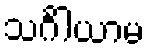
သင်္ဂါယာမ